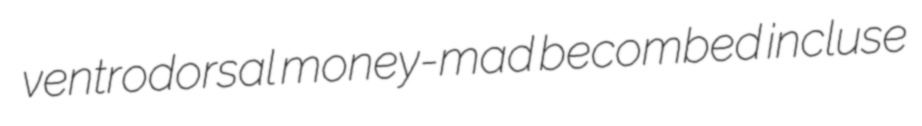
ventrodorsal money-mad becombed incluse